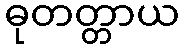
ဓုတတ္တာယ